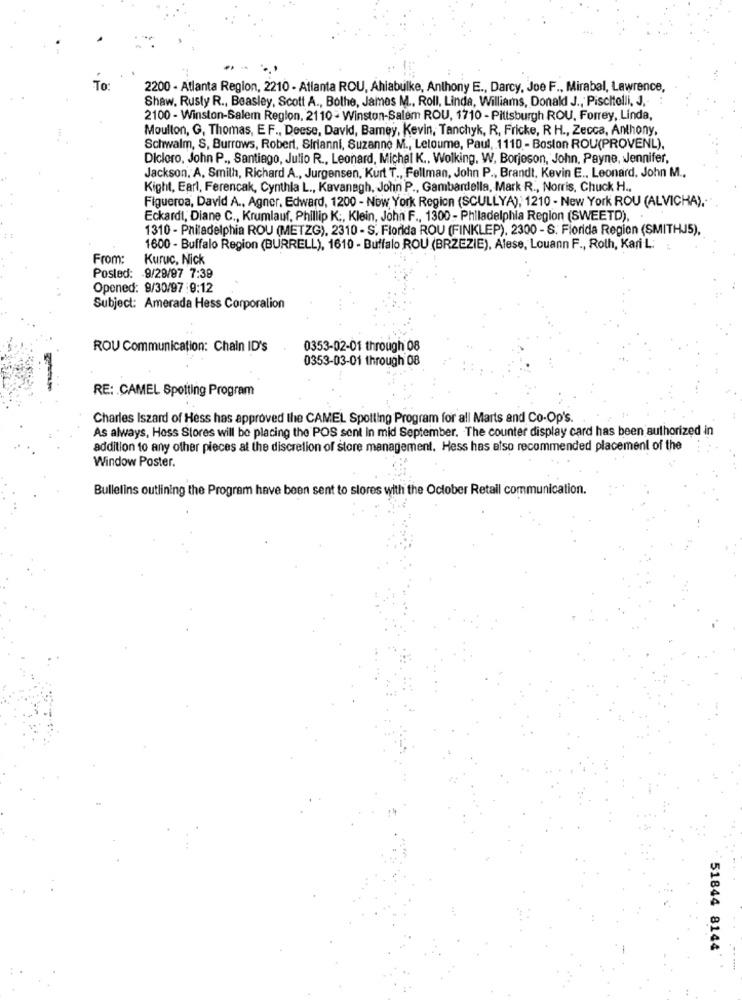
To:
2200 - Atlanta Region, 2210 - Atlanta ROU, Ahiabulke, Anthony E ., Darcy, Joe F ., Mirabal, Lawrence,
Shaw, Rusty R ., Beasley, Scott A ., Bolhe, James M ., Roll, Linda, Williams, Donald J ., Piscitelli, J .-
2100 - Winston-Salem Region, 2110 - Winston-Salem ROU, 1710 - Pittsburgh ROU, Forrey, Linda,
Moulton, G, Thomas, E F ., Deese, David, Bamey, Kevin, Tanchyk, R, Fricke, R H ., Zecca, Anthony,
Schwalm, S, Burrows, Robert, Sirianni, Suzanne M ., Letoume, Paul, 1110- Boston ROU(PROVENL).
Dicloro, John P ., Santiago, Julio R ., Leonard, Michal K ., Wolking, W. Borjeson, John, Payne, Jennifer,
Jackson. A. Smith, Richard A ., Jurgensen, Kurt T ., Fellman, John P ., Brandt, Kevin E ., Leonard. John M .,
Kight, Earl, Ferencak, Cynthia L ., Kavanagh, John P ., Gambardella, Mark R ., Norris, Chuck H ..
Figueroa, David A ., Agner, Edward, 1200 - New York Region (SCULLYA), 1210 - New York ROU (ALVICHA).
Eckardt, Diane C ., Krumlauf, Phillip K :, Klein, John F ., 1300 - Philadelphia Region (SWEETD),
1310 - Philadelphia ROU (METZG), 2310 - S. Florida ROU (FINKLEP), 2300 - S. Florida Region (SMITHJ5),
1600 - Buffalo Region (BURRELL), 1610 - Buffalo ROU (BRZEZIE), Alese, Louann F ., Roth, Kari L:
From:
Kuruc, Nick
Posled: 9/29/97 7:39
Opened: 9/30/97 :9:12
Subject: Amerada Hess Corporalion
ROU Communication: Chain ID's
0353-02-01 through 08
0353-03-01 through 08
RE: CAMEL Spotting Program
Charles Iszard of Hess has approved the CAMEL Spotting Program for all Marts and Co-Op's.
As always, Hoss Stores will be placing the POS sent in mid September. The counter display card has been authorized in
addition to any other pieces at the discretion of store management. Hess has also recommended placement of the
Window Poster.
Bulletins outlining the Program have been sent to slores with the October Retail communication.
51844 8144